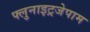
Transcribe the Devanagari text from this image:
फ्लुनाइट्रजेपाम